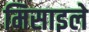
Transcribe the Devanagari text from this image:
मिसाइले